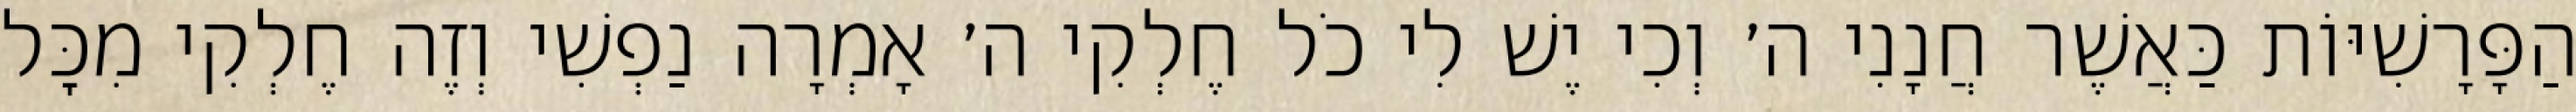
הַפָּרָשִׁיּוֹת כַּאֲשֶׁר חֲנָנִי ה׳ וְכִי יֶשׁ לִי כֹל חֶלְקִי ה׳ אָמְרָה נַפְשִׁי וְזֶה חֶלְקִי מִכׇּל